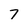
Character: 7